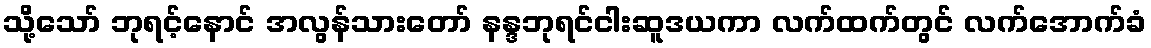
သို့သော် ဘုရင့်နောင် အလွန်သားတော် နန္ဒဘုရင်ငါးဆူဒယကာ လက်ထက်တွင် လက်အောက်ခံ